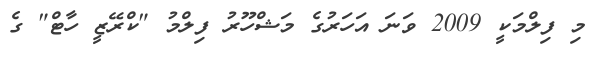
މި ފިލްމަކީ 2009 ވަނަ އަހަރުގެ މަޝްހޫރު ފިލްމު "ކްރޭޒީ ހާޓް" ގެ